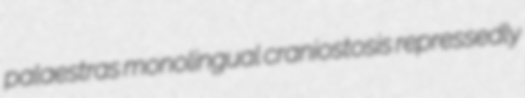
palaestras monolingual craniostosis repressedly